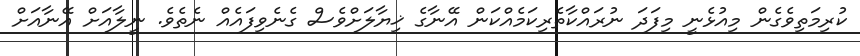
ކުރިމަތިވެގެން މިއުޅެނީ މިފަދަ ނުރައްކާތެރިކަމެއްކަން އޭނާގެ ޚިޔާލަށްވެސް ގެނެވިފައެއް ނެތެވެ. ނީލާއަށް އޭނާއަށް